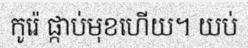
កូរ៉េ ផ្កាប់មុខហើយ។ យប់